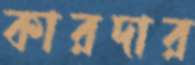
কারদার